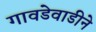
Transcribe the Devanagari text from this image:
गावडेवाडीने